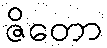
ဇိတော